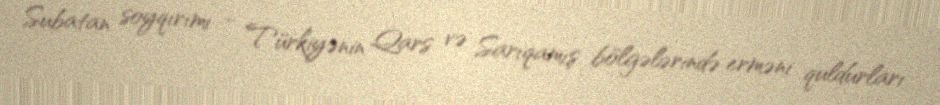
Subatan soyqırımı - Türkiyənin Qars və Sarıqamış bölgələrində erməni quldurları